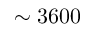
\sim 3 6 0 0